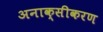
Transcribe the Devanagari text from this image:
अनाक्सीकरण